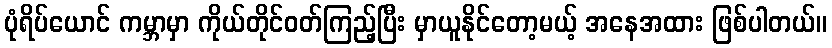
ပုံရိပ်ယောင် ကမ္ဘာမှာ ကိုယ်တိုင်ဝတ်ကြည့်ပြီး မှာယူနိုင်တော့မယ့် အနေအထား ဖြစ်ပါတယ်။